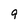
Character: q